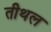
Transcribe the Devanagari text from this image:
तीथल